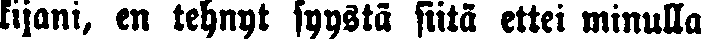
lijani, en tehnyt syystä siitä ettei minulla